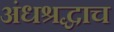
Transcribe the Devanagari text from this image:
अंधश्रद्धाच